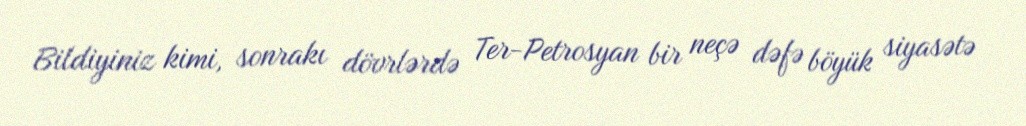
Bildiyiniz kimi, sonrakı dövrlərdə Ter-Petrosyan bir neçə dəfə böyük siyasətə